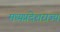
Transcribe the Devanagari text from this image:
मध्यप्रदेशराज्य